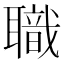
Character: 職